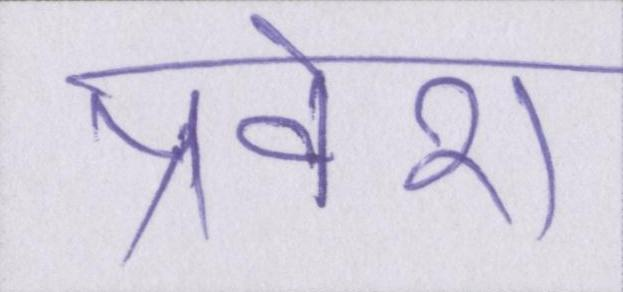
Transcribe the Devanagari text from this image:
प्रवेश